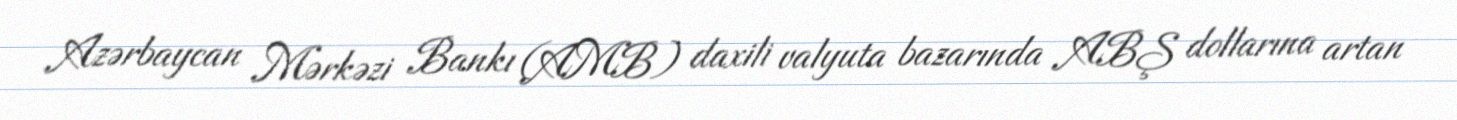
Azərbaycan Mərkəzi Bankı (AMB) daxili valyuta bazarında ABŞ dollarına artan